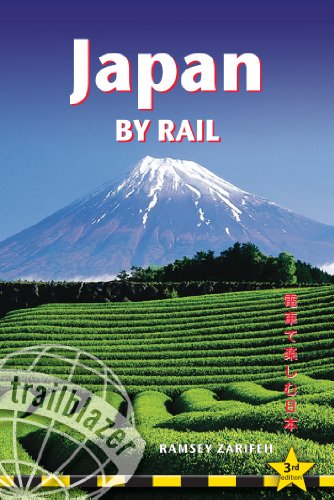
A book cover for Japan by Rail: Includes Rail Route Guide And 30 City Guides; Ramsey Zarifeh; Engineering & Transportation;